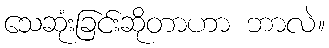
သေဆုံးခြင်းဆိုတာဟာ ဘာလဲ။